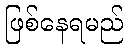
ဖြစ်နေရမည်